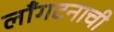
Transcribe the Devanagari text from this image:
लाँगटनाची